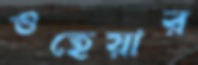
ওহেয়ার